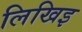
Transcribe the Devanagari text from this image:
लिखिइ